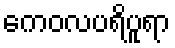
ကေဝလပရိပူရာ